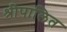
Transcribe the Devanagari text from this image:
श्रीपालित